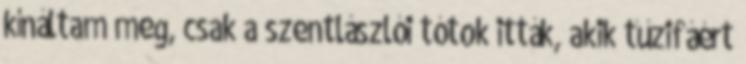
kínáltam meg, csak a szentlászlói tótok itták, akik tűzifáért